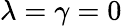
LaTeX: \lambda=\gamma=0